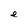
Character: e